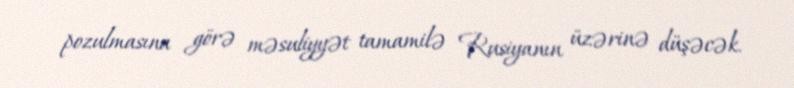
pozulmasına görə məsuliyyət tamamilə Rusiyanın üzərinə düşəcək.